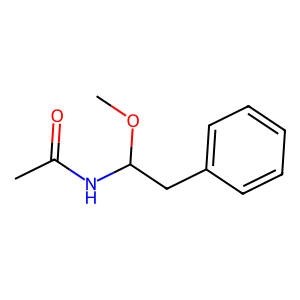
SMILES: COC(Cc1ccccc1)NC(C)=O
Inhibits HIV replication: No